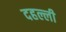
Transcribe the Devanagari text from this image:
दहल्ली